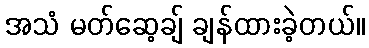
အသံ မတ်ဆေ့ချ် ချန်ထားခဲ့တယ်။